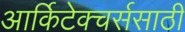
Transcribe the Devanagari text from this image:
आर्किटेक्चर्ससाठी